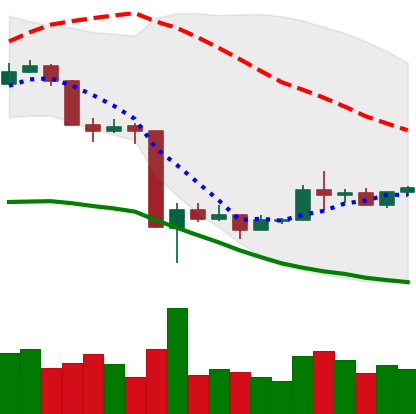
Ticker: BNB-USD
Chart end date: 2020-03-24
Forward return: -7.741%
Label: down_7plus